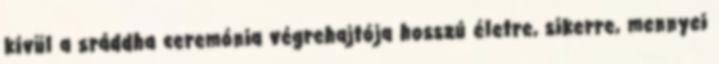
kívül a sráddha ceremónia végrehajtója hosszú életre, sikerre, mennyei